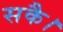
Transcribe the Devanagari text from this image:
सकै।